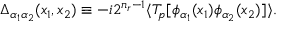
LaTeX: \Delta _ { \alpha _ { 1 } \alpha _ { 2 } } ( x _ { 1 } , x _ { 2 } ) \equiv - i 2 ^ { n _ { r } - 1 } \langle T _ { p } [ \phi _ { \alpha _ { 1 } } ( x _ { 1 } ) \phi _ { \alpha _ { 2 } } ( x _ { 2 } ) ] \rangle .